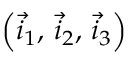
\left( \vec { i } _ { 1 } , \, \vec { i } _ { 2 } , \, \vec { i } _ { 3 } \right)